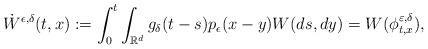
LaTeX: \begin{align*} \dot{W}^{\epsilon ,\delta}(t,x):=\int_{0}^{t}\int_{\mathbb{R}^{d}}g_{\delta}(t-s)p_{\epsilon }(x-y)W(ds,dy)=W(\phi_{t,x}^{\varepsilon, \delta}),\end{align*}